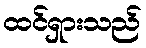
ထင်ရှားသည်